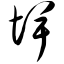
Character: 埤